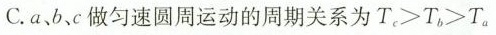
C.a、b、c做匀速圆周运动的周期关系为$$T _ { c } > T _ { b } > T _ { a }$$